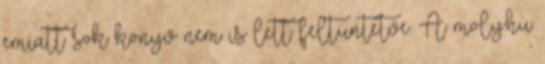
emiatt sok könyv nem is lett feltüntetve. A moly.hu